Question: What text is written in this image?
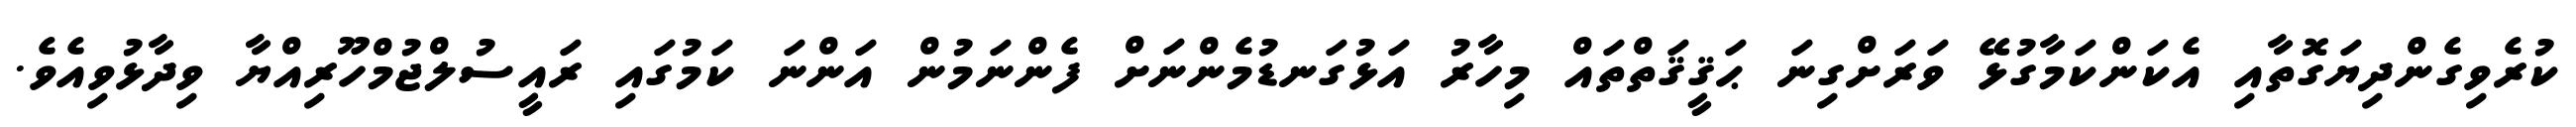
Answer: ކުރެވިގެންދިޔަގޮތާއި އެކަންކަމާގުޅޭ ވަރަށްގިނަ ޙަޤީޤަތްތައް މިހާރު އަޅުގަނޑުމެންނަށް ފެންނަމުން އަންނަ ކަމުގައި ރައީސުލްޖުމްހޫރިއްޔާ ވިދާޅުވިއެވެ.